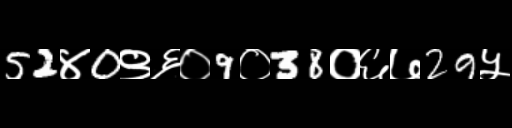
Text: 52४0९६०9०38०६७29५